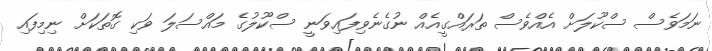
ނަމަވެސް ސްކޫލަށް އެއްވެސް ތަރައްގީއެއް ނުގެނެވިފައިވަނީ ސްކޫލުގެ މައްސަލަ ވަކި ގޮތަކަށް ނިމިފައި